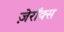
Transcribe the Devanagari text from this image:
ज़ेरॉक्स